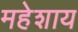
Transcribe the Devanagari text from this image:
महेशाय